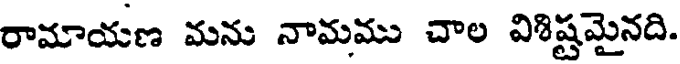
రామాయణ మను నామము చాల విశిష్టమైనది.